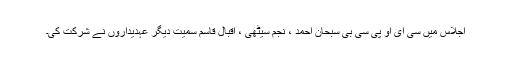
اجلاس میں سی ای او پی سی بی سبحان احمد ، نجم سیٹھی ، اقبال قاسم سمیت دیگر عہدیداروں نے شرکت کی۔